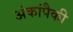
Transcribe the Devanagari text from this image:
अंकांपैकी